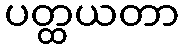
ပတ္ထယတာ